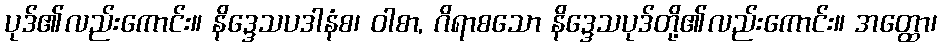
ပုဒ်၏လည်းကောင်း။ နိဒ္ဒေသပဒါနံစ၊ ဝါစာ, ဂိရာစသော နိဒ္ဒေသပုဒ်တို့၏လည်းကောင်း။ အတ္ထော၊